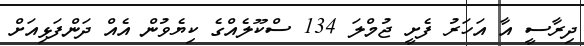
ދިރާސީ އާ އަހަރު ފެށީ ޖުމްލަ 134 ސްކޫލެއްގެ ކިޔެވުން އެއް ދަންފަޅިއަށް